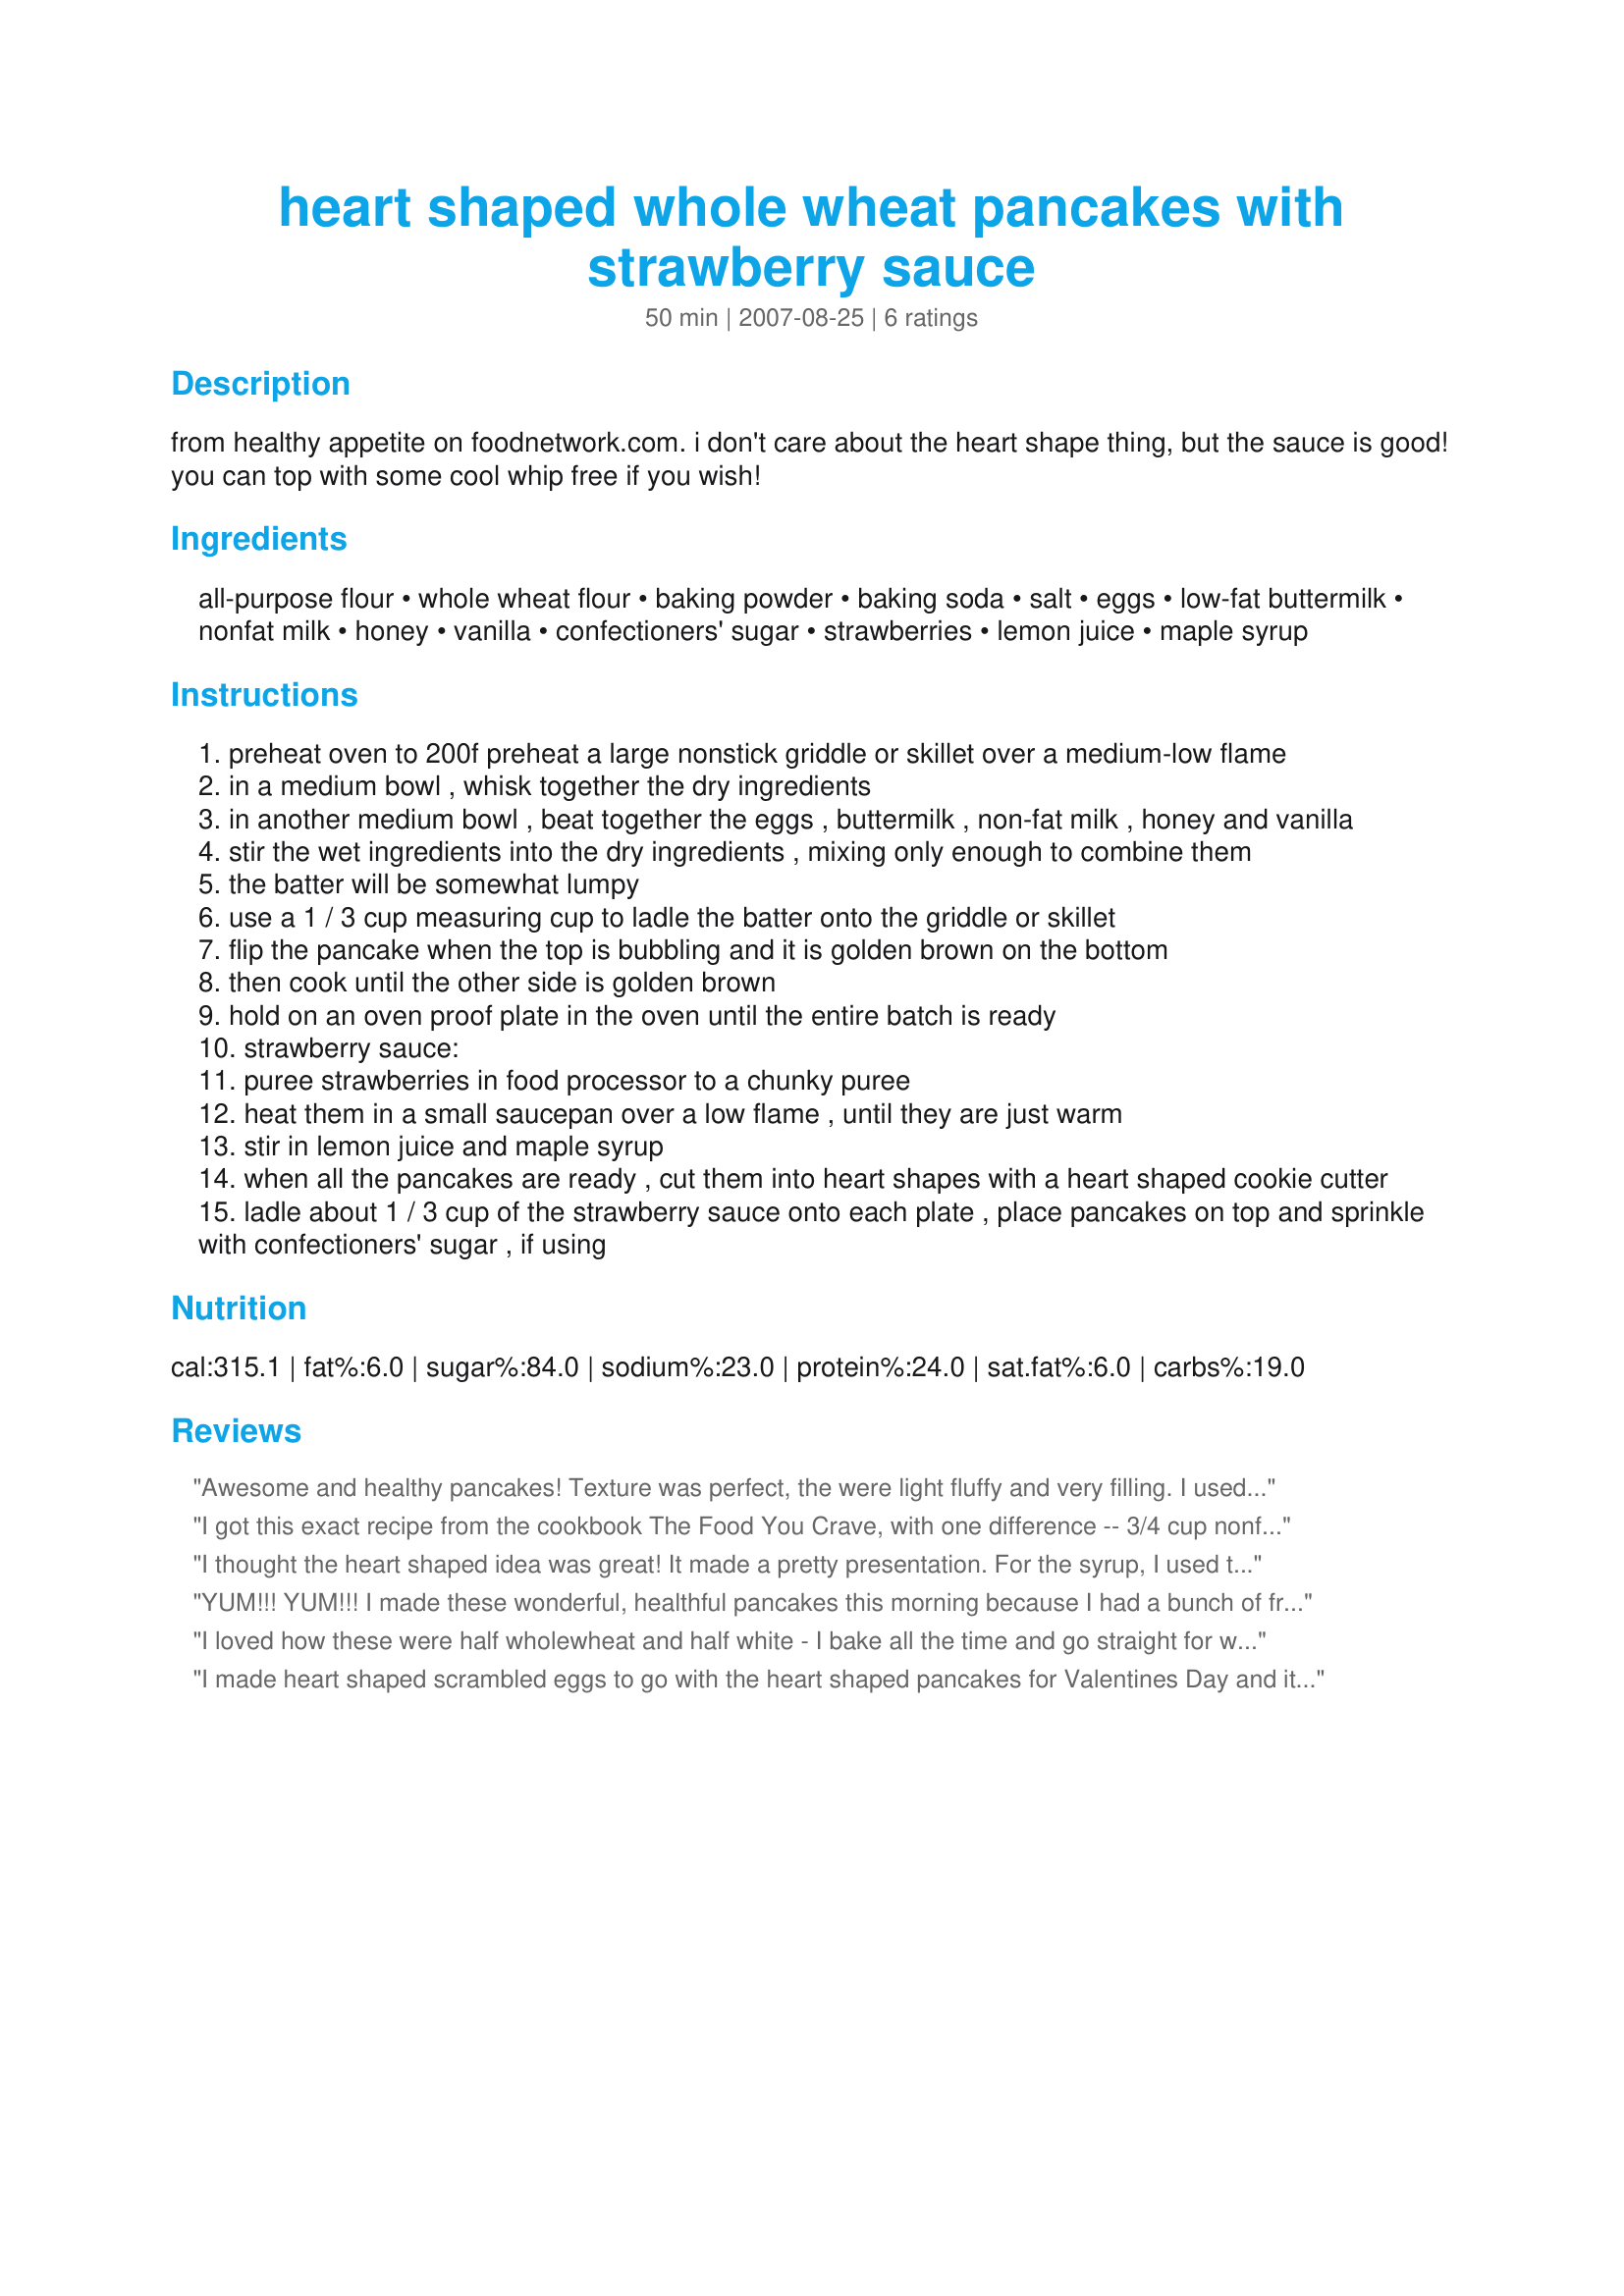
heart shaped whole wheat pancakes with strawberry sauce
Preparation time: 50 minutes

from healthy appetite on foodnetwork.com. i don't care about the heart shape thing, but the sauce is good! you can top with some cool whip free if you wish!

Ingredients:
all-purpose flour, whole wheat flour, baking powder, baking soda, salt, eggs, low-fat buttermilk, nonfat milk, honey, vanilla, confectioners' sugar, strawberries, lemon juice, maple syrup

Steps:
preheat oven to 200f preheat a large nonstick griddle or skillet over a medium-low flame
in a medium bowl , whisk together the dry ingredients
in another medium bowl , beat together the eggs , buttermilk , non-fat milk , honey and vanilla
stir the wet ingredients into the dry ingredients , mixing only enough to combine them
the batter will be somewhat lumpy
use a 1 / 3 cup measuring cup to ladle the batter onto the griddle or skillet
flip the pancake when the top is bubbling and it is golden brown on the bottom
then cook until the other side is golden brown
hold on an oven proof plate in the oven until the entire batch is ready
strawberry sauce:
puree strawberries in food processor to a chunky puree
heat them in a small saucepan over a low flame , until they are just warm
stir in lemon juice and maple syrup
when all the pancakes are ready , cut them into heart shapes with a heart shaped cookie cutter
ladle about 1 / 3 cup of the strawberry sauce onto each plate , place pancakes on top and sprinkle with confectioners' sugar , if using

Reviews:
Awesome and healthy pancakes! Texture was perfect, the were light fluffy and very filling. I used agave nectar instead of the maple syrup. My kids loved them as well.
I got this exact recipe from the cookbook The Food You Crave, with one difference -- 3/4 cup nonfat milk. I think I'd like it with 1/2 cup better because the batter was quite thin. The taste was really good though. We had it with fat free spray whipped cream on top because the sauce was a bit sour. My 10-year-old loved this!
I thought the heart shaped idea was great! It made a pretty presentation. For the syrup, I used the recipe from recipe# 189365, which is basically like this one with a few small differences. My husband thought the pancakes were fantastic. Goodness, though--they are THICK so make sure they are cooked all the way through! But it's well worth the effort :-). Thank u for sharing!!
YUM!!! YUM!!! I made these wonderful, healthful pancakes this morning because I had a bunch of fresh strawberries left over. These were so good!! I have this cookbook too, but I have never tried this recipe. Thanks for posting it. Terrific.
I also wanted to mention that if you use verynice sweet strawberries, you don't even need to add the maple syrup if you want to cut back your sugar. But the maple syrup makes it extra good for a splurge.
I also recommend leaving out cool whip because it is gross hydrogenated oil...YUK!
I loved how these were half wholewheat and half white - I bake all the time and go straight for white flour, but this made me stop and think about maybe adding in a little more whole wheat to my life! They had a lovely earthy flavour and the heart shape is a really cute touch. The sauce was to die for - so fresh and sweet - I did add in the maple syrup as strawberries aren&#039;t too sweet here at the moment! It added a lovely flavour to the sauce :)
I made heart shaped scrambled eggs to go with the heart shaped pancakes for Valentines Day and it was a hit with my family. They all felt the strawberry sauce was a bit sour but strawberries aren't in season right now.
